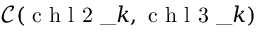
\mathcal { C } ( \mathrm { ~ c ~ h ~ l ~ 2 ~ } \_ { k } , \mathrm { ~ c ~ h ~ l ~ 3 ~ } \_ { k } )